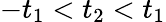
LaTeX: -t_{1}<t_{2}<t_{1}